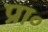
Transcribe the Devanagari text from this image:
प्रा॰